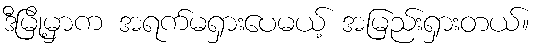
ဒီမြို့မှာက အရက်မရှားပေမယ့် အမြည်းရှားတယ်။